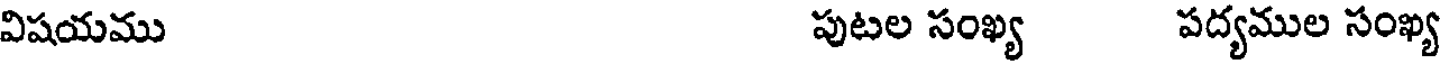
విషయము పుటల సంఖ్య పద్యముల సంఖ్య